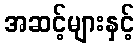
အဆင့်များနှင့်